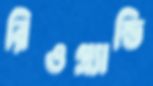
রিওগ্র্যান্ডি